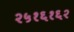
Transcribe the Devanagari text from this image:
२५१६१६२